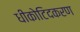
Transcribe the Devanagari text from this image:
धीकोटिदकरण